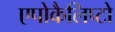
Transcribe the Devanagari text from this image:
एपोकैलिप्टो